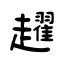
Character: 趯